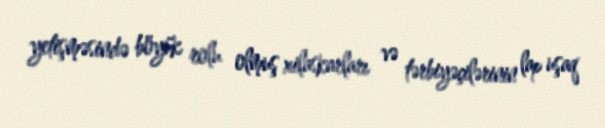
yetişməsində böyük rolu olmuş xilaskarları və tərbiyəçilərinin lap uşaq